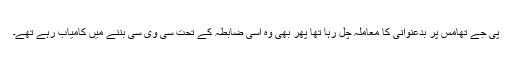
پی جے تھامس پر بدعنوانی کا معاملہ چل رہا تھا پھر بھی وہ اسی ضابطہ کے تحت سی وی سی بننے میں کامیاب رہے تھے۔